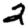
Digit: 2